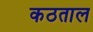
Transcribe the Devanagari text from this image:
कठताल